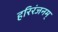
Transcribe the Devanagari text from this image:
हरिरंजनम्